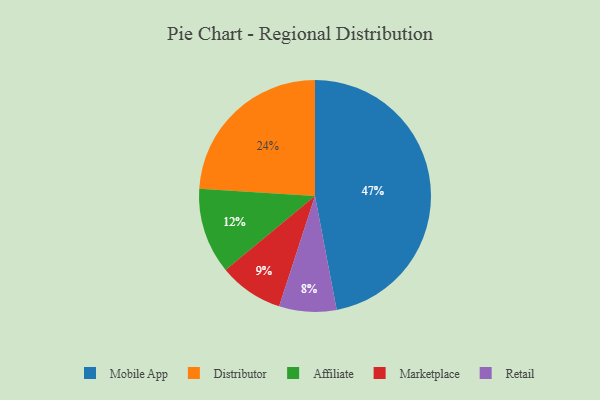
{"axis": {"x": "Category", "y": "Percentage"}, "legend": ["Affiliate", "Distributor", "Marketplace", "Mobile App", "Retail"], "data": [{"x": "Marketplace", "y": 9, "type": "Marketplace"}, {"x": "Mobile App", "y": 47, "type": "Mobile App"}, {"x": "Affiliate", "y": 12, "type": "Affiliate"}, {"x": "Retail", "y": 8, "type": "Retail"}, {"x": "Distributor", "y": 24, "type": "Distributor"}]}